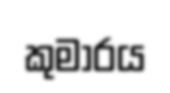
කුමාරය